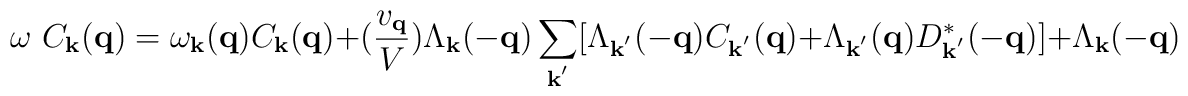
\omega \mbox{ }C_{ {\bf{k}} }({\bf{q}}) = \omega_{ {\bf{k}} }({\bf{q}})C_{ {\bf{k}} }({\bf{q}})+ (\frac{ v_{ {\bf{q}} } }{V})\Lambda_{ {\bf{k}} }(-{\bf{q}})\sum_{ {\bf{k}}^{'} }[\Lambda_{ {\bf{k}}^{'} }(-{\bf{q}})C_{ {\bf{k}}^{'} }({\bf{q}}) + \Lambda_{ {\bf{k}}^{'} }({\bf{q}})D^{*}_{ {\bf{k}}^{'} }(-{\bf{q}})]+ \Lambda_{ {\bf{k}} }(-{\bf{q}})